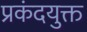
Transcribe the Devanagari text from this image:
प्रकंदयुक्त